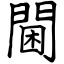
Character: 閫